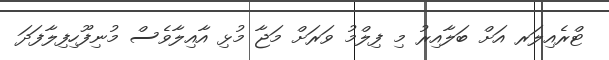
ޓްރެއިލަރ އަށް ބަލާއިރު މި ފިލްމު ވަރަށް މަޖާ މުޅި އާއިލާވެސް މުނިފޫހިފިލާފަދަ